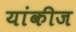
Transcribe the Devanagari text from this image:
यांकीज